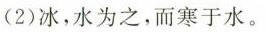
(2)冰，水为之，而寒于水。